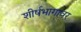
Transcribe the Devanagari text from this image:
शीर्षभागावर